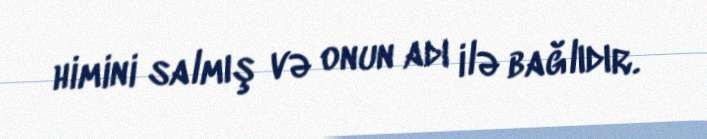
himini salmış və onun adı ilə bağlıdır.